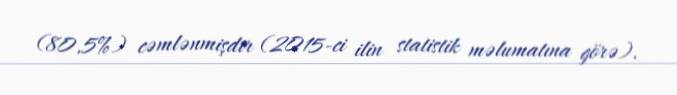
(80,5%) cəmlənmişdir (2015-ci ilin statistik məlumatına görə).